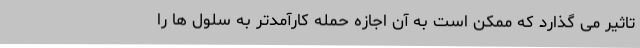
تاثیر می گذارد که ممکن است به آن اجازه حمله کارآمدتر به سلول ها را